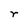
Character: r